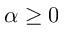
\alpha \geq 0